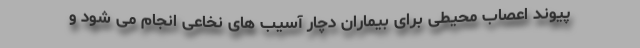
پیوند اعصاب محیطی برای بیماران دچار آسیب های نخاعی انجام می شود و